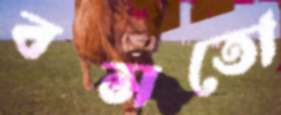
বসতো